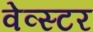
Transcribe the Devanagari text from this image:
वेव्स्टर